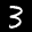
Label: 3